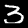
Label: 3